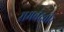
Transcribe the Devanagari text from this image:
रामचंद्रवीर